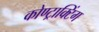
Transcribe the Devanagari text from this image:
कोण्ट्राक्टिंग